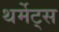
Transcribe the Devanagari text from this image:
थर्मेट्स